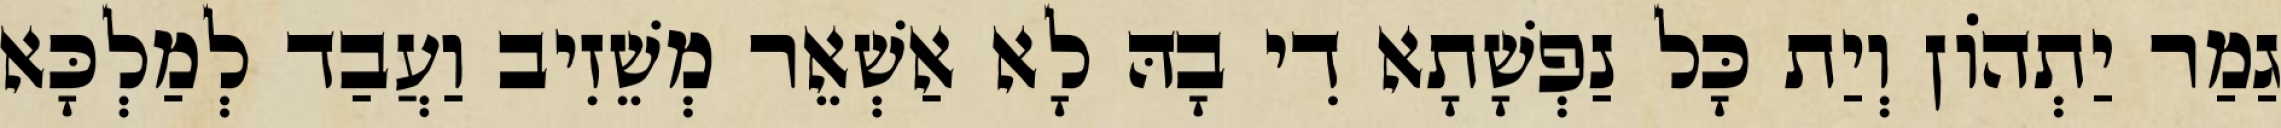
גַמַר יַתְהוֹן וְיַת כָּל נַפְשָׁתָא דִי בָהּ לָא אַשְׁאֵר מְשֵׁזִיב וַעֲבַד לְמַלְכָּא